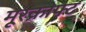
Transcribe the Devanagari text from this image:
मूरक्राफ्ट